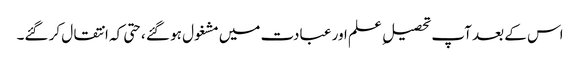
اس کے بعد آپ تحصیل ِ علم اور عبادت میں مشغول ہو گئے ،حتی کہ انتقال کر گئے۔